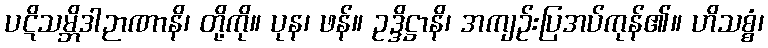
ပဋိသမ္ဘိဒါဉာဏာနိ၊ တို့ကို။ ပုန၊ ဖန်။ ဥဒ္ဒိဋ္ဌာနိ၊ အကျဉ်းပြအပ်ကုန်၏။ ဟိသစ္စံ၊